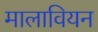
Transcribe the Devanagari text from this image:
मालावियन